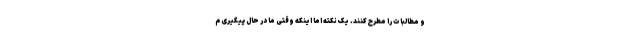
و مطالبات را مطرح کنند. یک نکته اما اینکه وقتی ما در حال پیگیری م